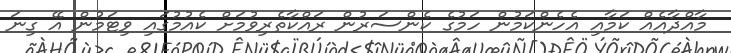
މާއްދާއެއް ކަމާއި އެހެންކަމުން ހަމުގެ ކެންސަރުން ރައްކާތެރިވުމަށް ކެއުމުގައި ވިޓަމުން އޭ ގިނަ